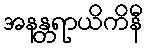
အနန္တရာယိကိနီ